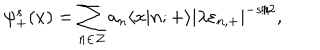
\psi _ { + } ^ { s } ( x ) = \sum _ { n \in \cal Z } a _ { n } \langle x | n ; { + } \rangle | \lambda \varepsilon _ { n , + } | ^ { - s / 2 } ,